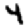
Digit: 4